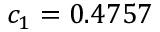
c _ { 1 } = 0 . 4 7 5 7